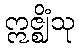
ဣဇ္ဈိံသု